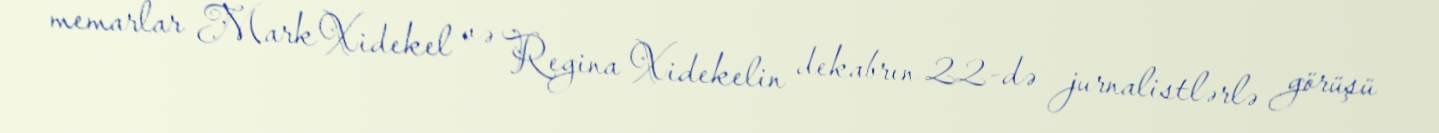
memarlar Mark Xidekel və Regina Xidekelin dekabrın 22-də jurnalistlərlə görüşü